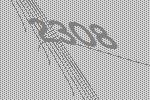
2308